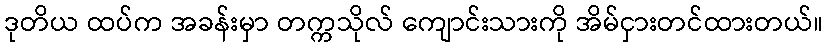
ဒုတိယ ထပ်က အခန်းမှာ တက္ကသိုလ် ကျောင်းသားကို အိမ်ငှားတင်ထားတယ်။